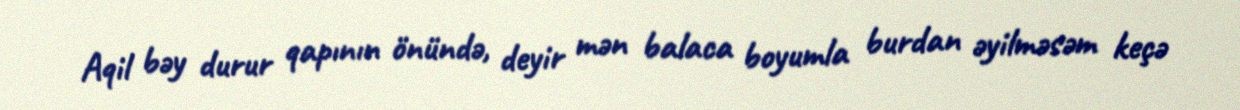
Aqil bəy durur qapının önündə, deyir mən balaca boyumla burdan əyilməsəm keçə